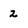
Character: 2